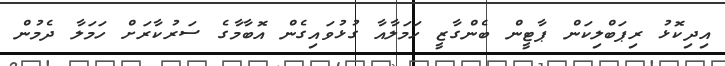
އިދިކޮޅު ރިޕަބްލިކަން ޕާޓީން ބެންގާޒީ ހަމަލާއާ ގުޅުވައިގެން އޮބާމާގެ ސަރުކާރަށް ހަމަލާ ދެމުން